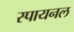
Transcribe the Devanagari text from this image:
स्पायनल